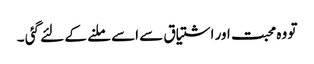
تو وہ محبت اور اشتیاق سے اسے ملنے کے لئے گئی ۔